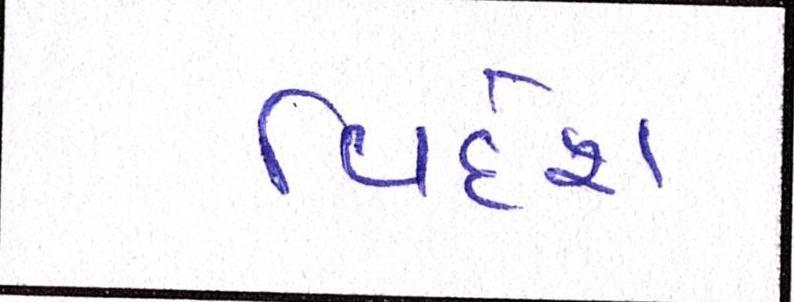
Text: વિદેશ